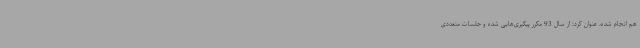
هم انجام شده، عنوان کرد: از سال 93 مکرر پیگیری‌هایی شده و جلسات متعددی